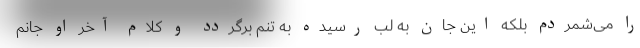
را می‌شمردم بلکه این جان به لب رسیده به تنم برگردد و کلام آخر او جانم